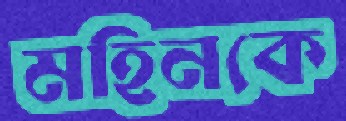
মহিনকে